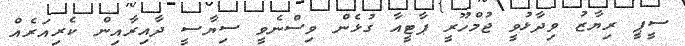
ސީޕީ ރިޔާޒު ވިދާޅުވީ ޖުމްހޫރީ ޕާޓީއާ ގުޅެން ވިސްނެވީ ސިޔާސީ ދާއިރާއިން ކެރިއަރެއް